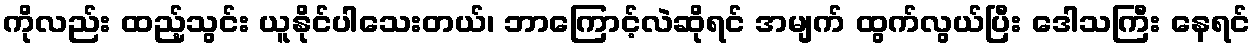
ကိုလည်း ထည့်သွင်း ယူနိုင်ပါသေးတယ်၊ ဘာကြောင့်လဲဆိုရင် အမျက် ထွက်လွယ်ပြီး ဒေါသကြီး နေရင်